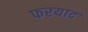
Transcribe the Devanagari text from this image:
फरयाद